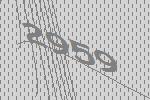
2959